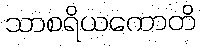
သာစရိယကောတိ